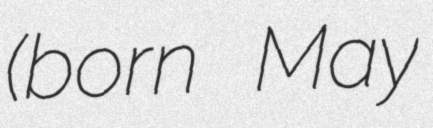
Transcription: (born May